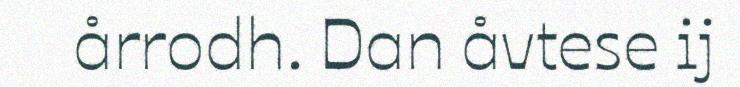
årrodh. Dan åvtese ij